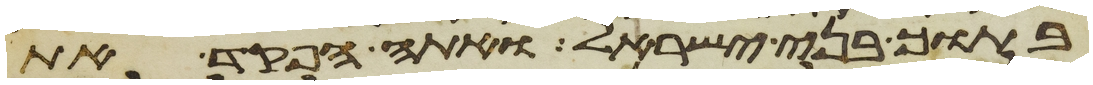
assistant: בתוך בני ישראל ואתה הפקד את